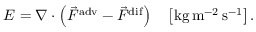
E = \nabla \cdot \left( \vec { F } ^ { \mathrm { a d v } } - \vec { F } ^ { \mathrm { d i f } } \right) \quad \left[ \mathrm { k g } \, \mathrm { m } ^ { - 2 } \, \mathrm { s } ^ { - 1 } \right] .